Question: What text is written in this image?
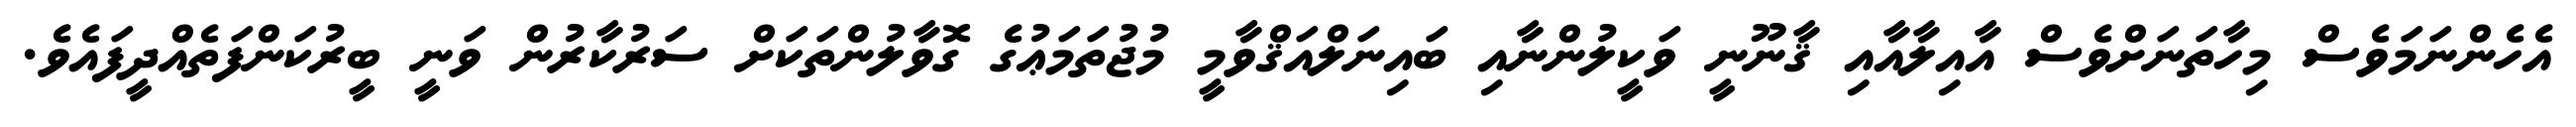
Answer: އެހެންނަމަވެސް މިހާތަނަށްވެސް އާއިލާއާއި ޤާނޫނީ ވަކީލުންނާއި ބައިނަލްއަޤްވާމީ މުޖުތަމަޢުގެ ގޮވާލުންތަކަށް ސަރުކާރުން ވަނީ ބީރުކަންފަތެއްދީފައެވެ.